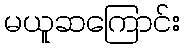
မယူဆကြောင်း